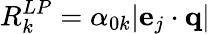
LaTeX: R_{k}^{LP}=\alpha_{0k}|\mathbf{e}_{j}\cdot\mathbf{q}|